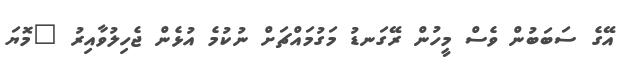
އޭގެ ސަބަބުން ވެސް މީހުން ރޭގަނޑު މަގުމައްޗަށް ނުކުމެ އުޅެން ޖެހިލުވާއިރު "މޮޔަ